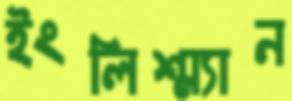
ইংলিশ্‌ম্যান